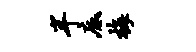
半底梅